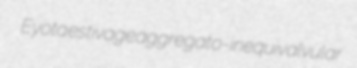
Eyota estivage aggregato- inequivalvular